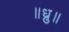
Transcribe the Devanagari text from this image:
॥ध्रु॥